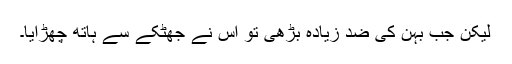
لیکن جب بہن کی ضد زیادہ بڑھی تو اس نے جھٹکے سے ہاتھ چھڑایا۔